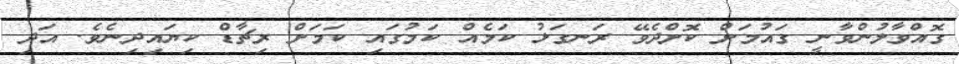
ގޮއްވާލުންވާނީ ގައުމަށް ކޮށްދެވޭ ރަނގަޅު ކަމެއް ކަމުގައި ކަމަށް ރިޗާޑް ކިޔައިދިނެވެ. އަދި